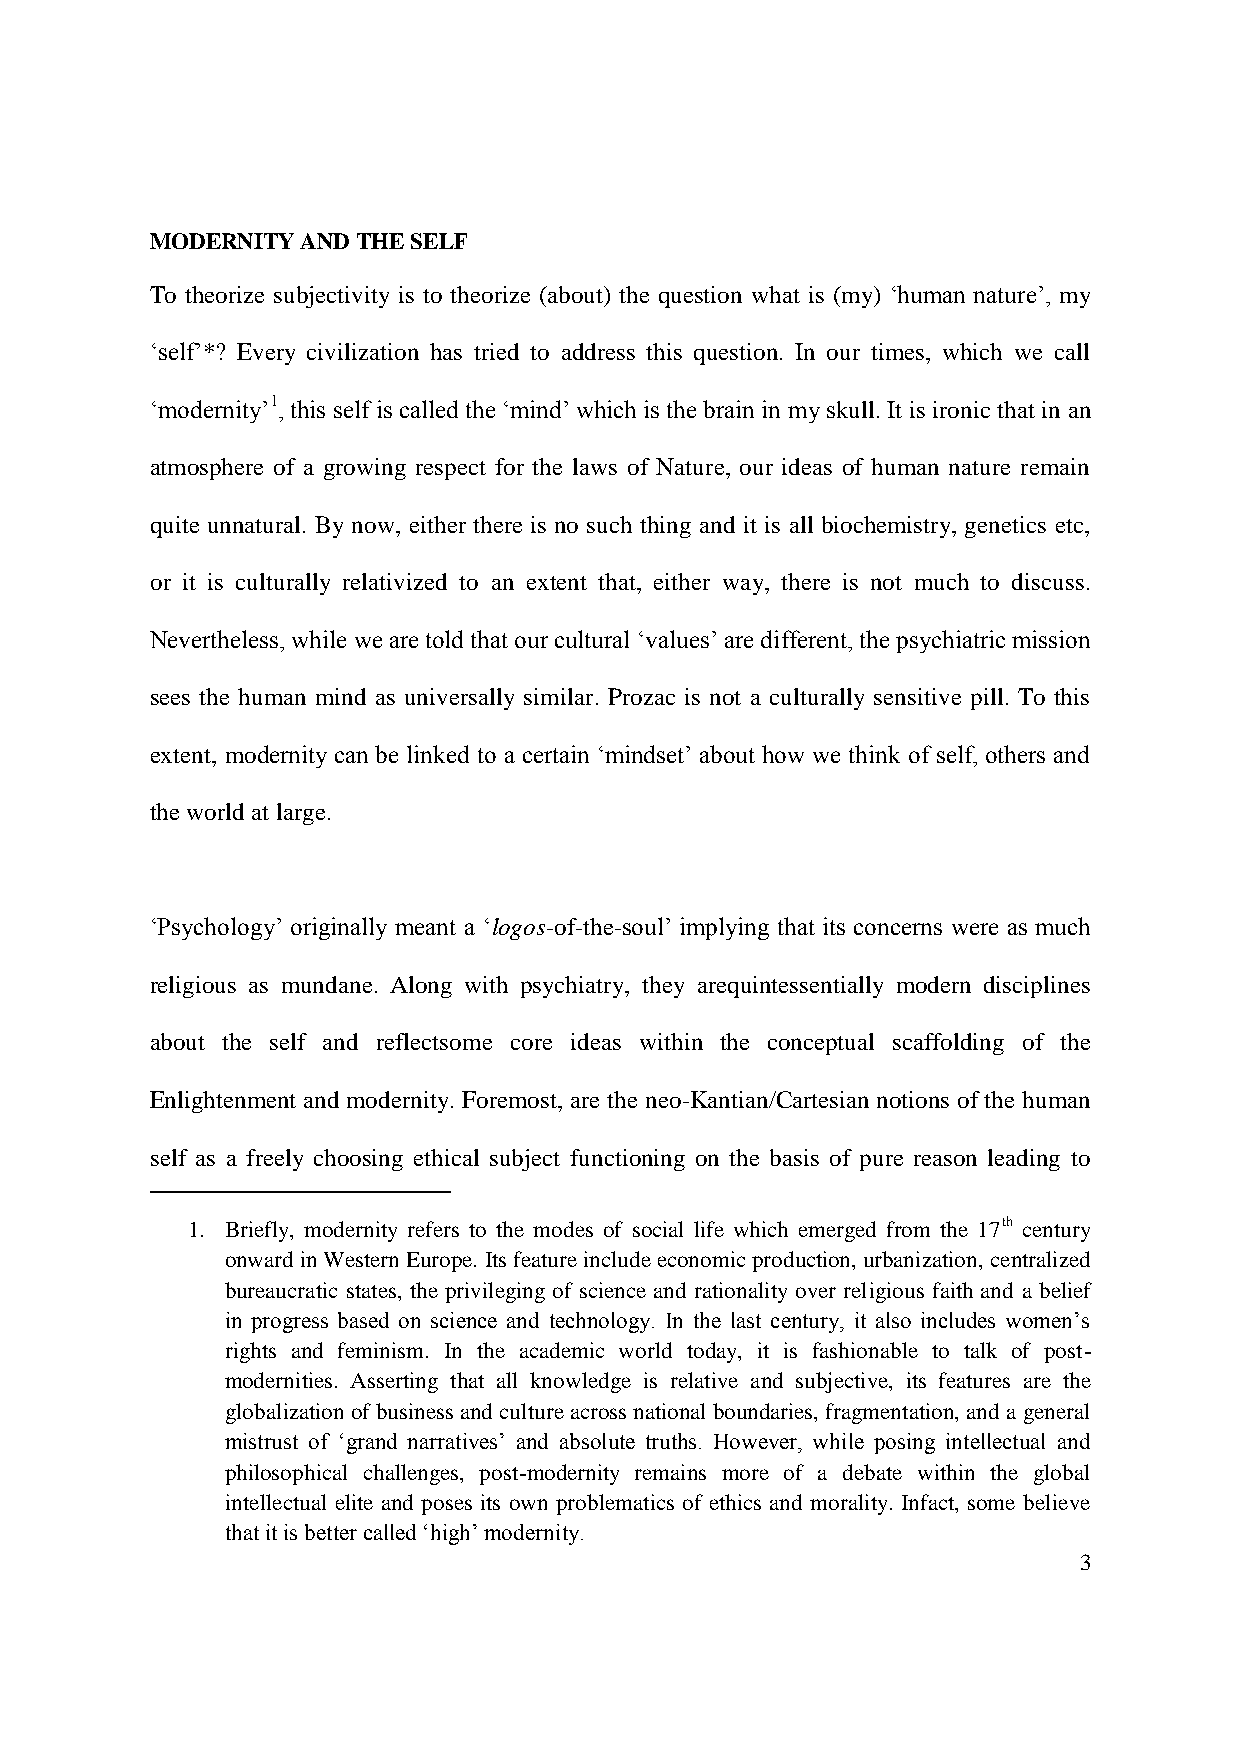
MODERNITY AND THE SELF
 To theorize subjectivity is to theorize (about) the question what is (my) „human nature‟, my
 „self‟*? Every civilization has tried to address this question. In our times, which we call
 „modernity‟1, this self is called the „mind‟ which is the brain in my skull. It is ironic that in an
 atmosphere of a growing respect for the laws of Nature, our ideas of human nature remain
 quite unnatural. By now, either there is no such thing and it is all biochemistry, genetics etc,
 or it is culturally relativized to an extent that, either way, there is not much to discuss.
 Nevertheless, while we are told that our cultural „values‟ are different, the psychiatric mission
 sees the human mind as universally similar. Prozac is not a culturally sensitive pill. To this
 extent, modernity can be linked to a certain „mindset‟ about how we think of self, others and
 the world at large.
 „Psychology‟ originally meant a „logos-of-the-soul‟ implying that its concerns were as much
 religious as mundane. Along with psychiatry, they arequintessentially modern disciplines
 about the self and reflectsome core ideas within the conceptual scaffolding of the
 Enlightenment and modernity. Foremost, are the neo-Kantian/Cartesian notions of the human
 self as a freely choosing ethical subject functioning on the basis of pure reason leading to
 1. Briefly, modernity refers to the modes of social life which emerged from the 17th century
 onward in Western Europe. Its feature include economic production, urbanization, centralized
 bureaucratic states, the privileging of science and rationality over religious faith and a belief
 in progress based on science and technology. In the last century, it also includes women‟s
 rights and feminism. In the academic world today, it is fashionable to talk of post-
 modernities. Asserting that all knowledge is relative and subjective, its features are the
 globalization of business and culture across national boundaries, fragmentation, and a general
 mistrust of „grand narratives‟ and absolute truths. However, while posing intellectual and
 philosophical challenges, post-modernity remains more of a debate within the global
 intellectual elite and poses its own problematics of ethics and morality. Infact, some believe
 that it is better called „high‟ modernity.
 3